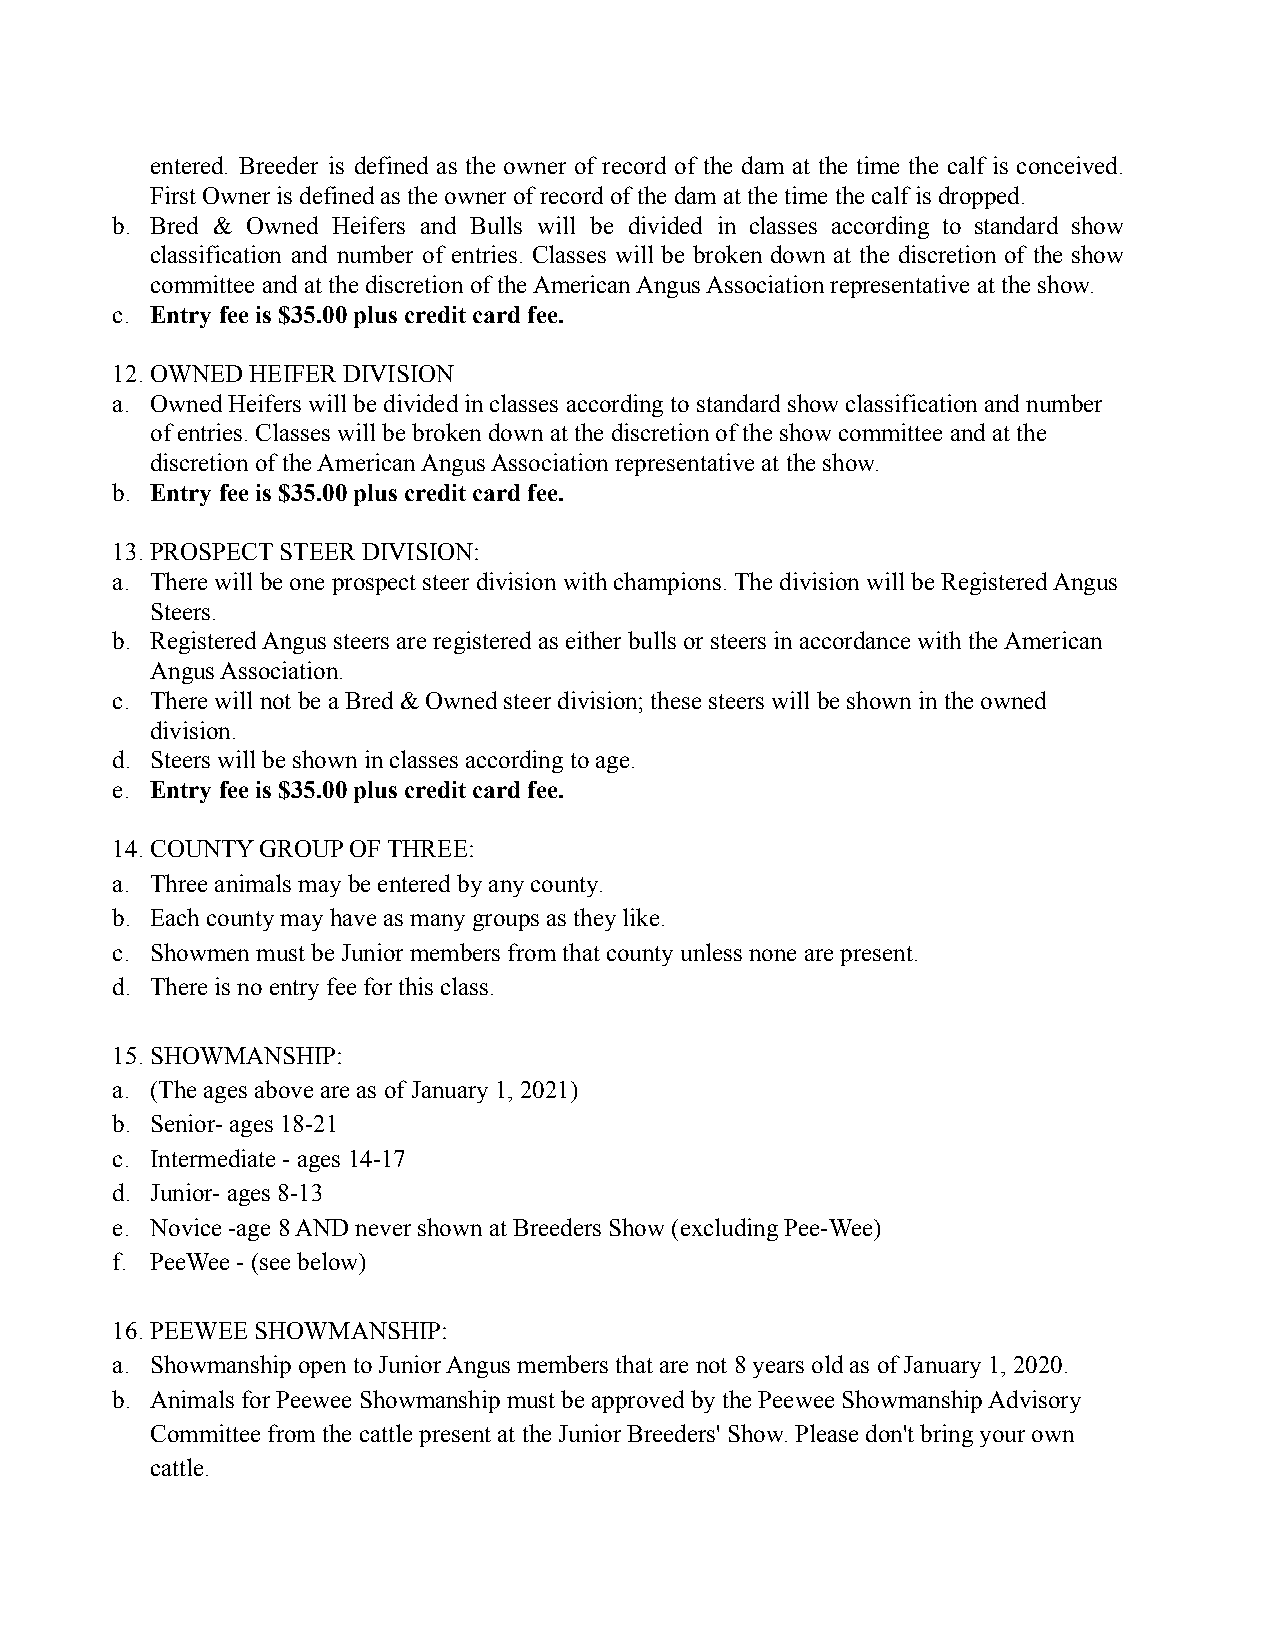
entered. Breeder is defined as the owner of record of the dam at the time the calf is conceived.
 First Owner is defined as the owner of record of the dam at the time the calf is dropped.
 b. Bred & Owned Heifers and Bulls will be divided in classes according to standard show
 classification and number of entries. Classes will be broken down at the discretion of the show
 committee and at the discretion of the American Angus Association representative at the show.
 c. Entry fee is $35.00 plus credit card fee.
 12.OWNED  HEIFER DIVISION
 a. Owned Heifers will be divided in classes according to standard show classification and number
 of entries. Classes will be broken down at the discretion of the show committee and at the
 discretion of the American Angus Association representative at the show.
 b. Entry fee is $35.00 plus credit card fee.
 13.PROSPECT STEER DIVISION:
 a. There will be one prospect steer division with champions. The division will be Registered Angus
 Steers.
 b. Registered Angus steers are registered as either bulls or steers in accordance with the American
 Angus Association.
 c. There will not be a Bred & Owned steer division; these steers will be shown in the owned
 division.
 d. Steers will be shown in classes according to age.
 e. Entry fee is $35.00 plus credit card fee.
 14.COUNTY GROUP OF THREE:
 a. Three animals may be entered by any county.
 b. Each county may have as many groups as they like.
 c. Showmen must be Junior members from that county unless none are present.
 d. There is no entry fee for this class.
 15.SHOWMANSHIP:
 a. (The ages above are as of January 1, 2021)
 b. Senior- ages 18-21
 c. Intermediate - ages 14-17
 d. Junior- ages 8-13
 e. Novice -age 8 AND never shown at Breeders Show (excluding Pee-Wee)
 f. PeeWee - (see below)
 16.PEEWEE SHOWMANSHIP:
 a. Showmanship open to Junior Angus members that are not 8 years old as of January 1, 2020.
 b. Animals for Peewee Showmanship must be approved by the Peewee Showmanship Advisory
 Committee from the cattle present at the Junior Breeders' Show. Please don't bring your own
 cattle.